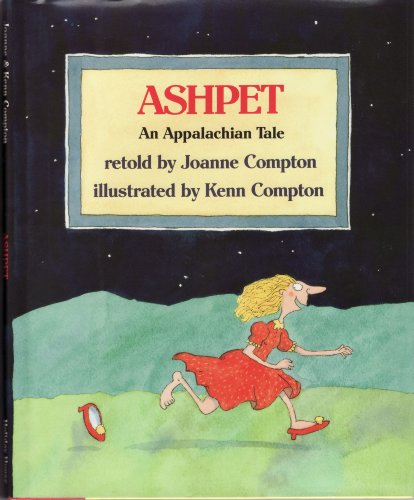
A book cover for Ashpet: An Appalachian Tale; Joanne Compton; Children's Books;